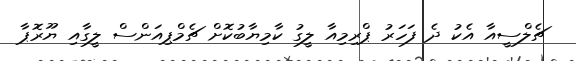
ޗެލްސީއާ އެކު ދެ ފަހަރު ޕްރިމިއާ ލީގު ކާމިޔާބުކޮށް ޗެމްޕިއަންސް ލީގާއި ޔޫރޮޕާ